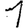
Digit: 1